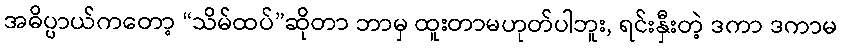
အဓိပ္ပာယ်ကတော့ “သိမ်ထပ်”ဆိုတာ ဘာမှ ထူးတာမဟုတ်ပါဘူး, ရင်းနှီးတဲ့ ဒကာ ဒကာမ